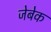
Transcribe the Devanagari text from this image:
जेबेक